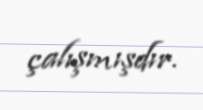
çalışmışdır.